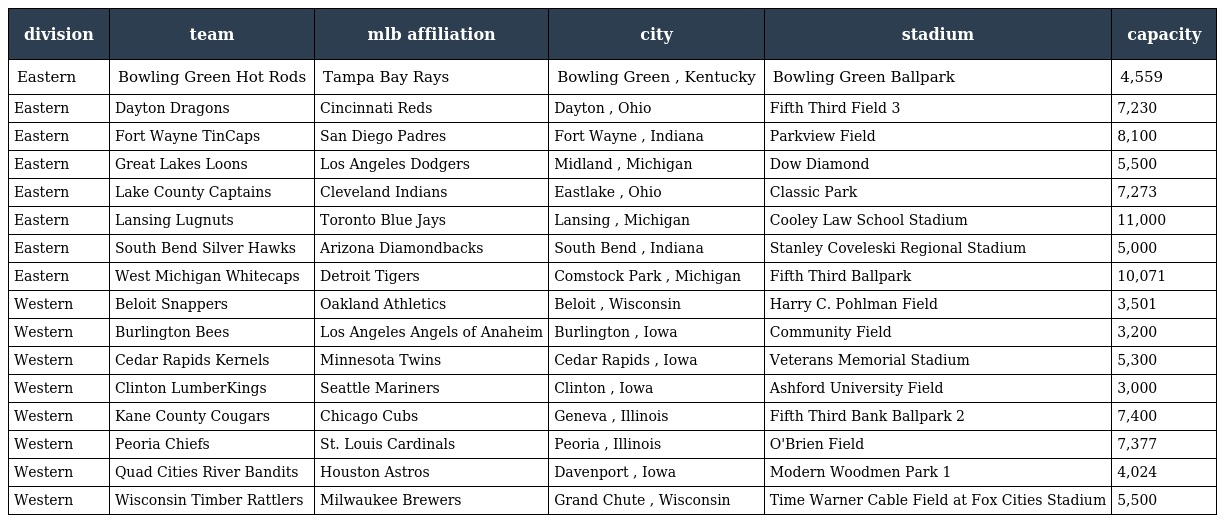
| division | team | mlb affiliation | city | stadium | capacity |
 | --- | --- | --- | --- | --- | --- |
 | Eastern | Bowling Green Hot Rods | Tampa Bay Rays | Bowling Green , Kentucky | Bowling Green Ballpark | 4,559 |
 | Eastern | Dayton Dragons | Cincinnati Reds | Dayton , Ohio | Fifth Third Field 3 | 7,230 |
 | Eastern | Fort Wayne TinCaps | San Diego Padres | Fort Wayne , Indiana | Parkview Field | 8,100 |
 | Eastern | Great Lakes Loons | Los Angeles Dodgers | Midland , Michigan | Dow Diamond | 5,500 |
 | Eastern | Lake County Captains | Cleveland Indians | Eastlake , Ohio | Classic Park | 7,273 |
 | Eastern | Lansing Lugnuts | Toronto Blue Jays | Lansing , Michigan | Cooley Law School Stadium | 11,000 |
 | Eastern | South Bend Silver Hawks | Arizona Diamondbacks | South Bend , Indiana | Stanley Coveleski Regional Stadium | 5,000 |
 | Eastern | West Michigan Whitecaps | Detroit Tigers | Comstock Park , Michigan | Fifth Third Ballpark | 10,071 |
 | Western | Beloit Snappers | Oakland Athletics | Beloit , Wisconsin | Harry C. Pohlman Field | 3,501 |
 | Western | Burlington Bees | Los Angeles Angels of Anaheim | Burlington , Iowa | Community Field | 3,200 |
 | Western | Cedar Rapids Kernels | Minnesota Twins | Cedar Rapids , Iowa | Veterans Memorial Stadium | 5,300 |
 | Western | Clinton LumberKings | Seattle Mariners | Clinton , Iowa | Ashford University Field | 3,000 |
 | Western | Kane County Cougars | Chicago Cubs | Geneva , Illinois | Fifth Third Bank Ballpark 2 | 7,400 |
 | Western | Peoria Chiefs | St. Louis Cardinals | Peoria , Illinois | O'Brien Field | 7,377 |
 | Western | Quad Cities River Bandits | Houston Astros | Davenport , Iowa | Modern Woodmen Park 1 | 4,024 |
 | Western | Wisconsin Timber Rattlers | Milwaukee Brewers | Grand Chute , Wisconsin | Time Warner Cable Field at Fox Cities Stadium | 5,500 |